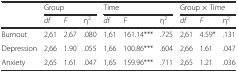
<table><thead><tr><td></td><td colspan="3"><b>Group</b></td><td colspan="3"><b>Time</b></td><td colspan="3"><b>Group × Time</b></td></tr><tr><td></td><td><b><i>df</i></b></td><td><b><i>F</i></b></td><td><b>η<sup>2</sup></b></td><td><b><i>df</i></b></td><td><b><i>F</i></b></td><td><b>η<sup>2</sup></b></td><td><b><i>df</i></b></td><td><b><i>F</i></b></td><td><b>η<sup>2</sup></b></td></tr></thead><tbody><tr><td>Burnout</td><td>2,61</td><td>2.67</td><td>.080</td><td>1,61</td><td>161.14***</td><td>.725</td><td>2,61</td><td>4.59*</td><td>.131</td></tr><tr><td>Depression</td><td>2,66</td><td>1.90</td><td>.055</td><td>1,66</td><td>100.86***</td><td>.604</td><td>2,66</td><td>1.61</td><td>.047</td></tr><tr><td>Anxiety</td><td>2,65</td><td>1.61</td><td>.047</td><td>1,65</td><td>159.96***</td><td>.711</td><td>2,65</td><td>1.21</td><td>.036</td></tr></tbody></table>